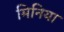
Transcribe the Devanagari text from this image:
मिनिया